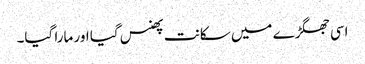
اسی جھگڑے میں سکانت پھنس گیا اور مارا گیا۔